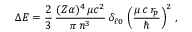
\Delta E = \frac { 2 } { 3 } \, \frac { ( Z \alpha ) ^ { 4 } \, \mu c ^ { 2 } } { \pi \, n ^ { 3 } } \, \delta _ { \ell 0 } \, \left( \frac { \mu \, c \, r _ { p } } { \hbar } \right) ^ { 2 } \, ,